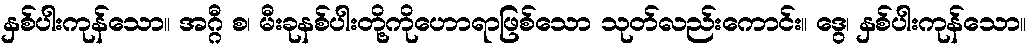
နှစ်ပါးကုန်သော။ အဂ္ဂီ စ၊ မီးခုနစ်ပါးတို့ကိုဟောရာဖြစ်သော သုတ်လည်းကောင်း။ ဒွေ၊ နှစ်ပါးကုန်သော။